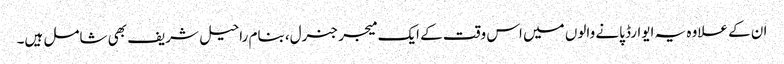
ان کے علاوہ یہ ایوارڈ پانے والوں میں اس وقت کے ایک میجر جنرل، بنام راحیل شریف بھی شامل ہیں۔